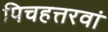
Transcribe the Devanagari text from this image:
पिचहत्तरवां